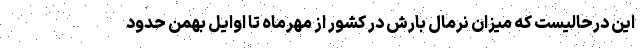
این درحالیست که میزان نرمال بارش در کشور از مهرماه تا اوایل بهمن حدود